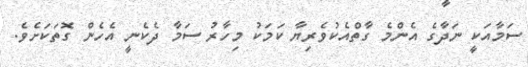
ސަމާއަކީ ނަދާގެ އެންމެ ގާތްއެކުވެރިޔާ ކަމަކު މިހާރު ސަމާ ދެކެނީ އެހެން ގޮތަކަށެވެ.